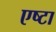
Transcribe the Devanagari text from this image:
एष्टा